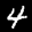
Label: 4